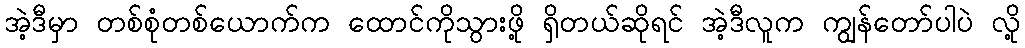
အဲ့ဒီမှာ တစ်စုံတစ်ယောက်က ထောင်ကိုသွားဖို့ ရှိတယ်ဆိုရင် အဲ့ဒီလူက ကျွန်တော်ပါပဲ လို့